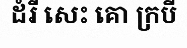
ដំរី សេះ គោ ក្របី